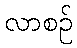
လာစဉ်